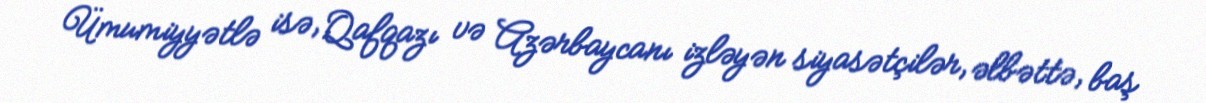
Ümumiyyətlə isə, Qafqazı və Azərbaycanı izləyən siyasətçilər, əlbəttə, baş